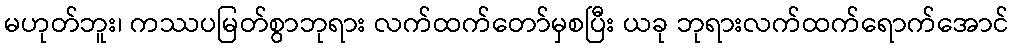
မဟုတ်ဘူး၊ ကဿပမြတ်စွာဘုရား လက်ထက်တော်မှစပြီး ယခု ဘုရားလက်ထက်ရောက်အောင်